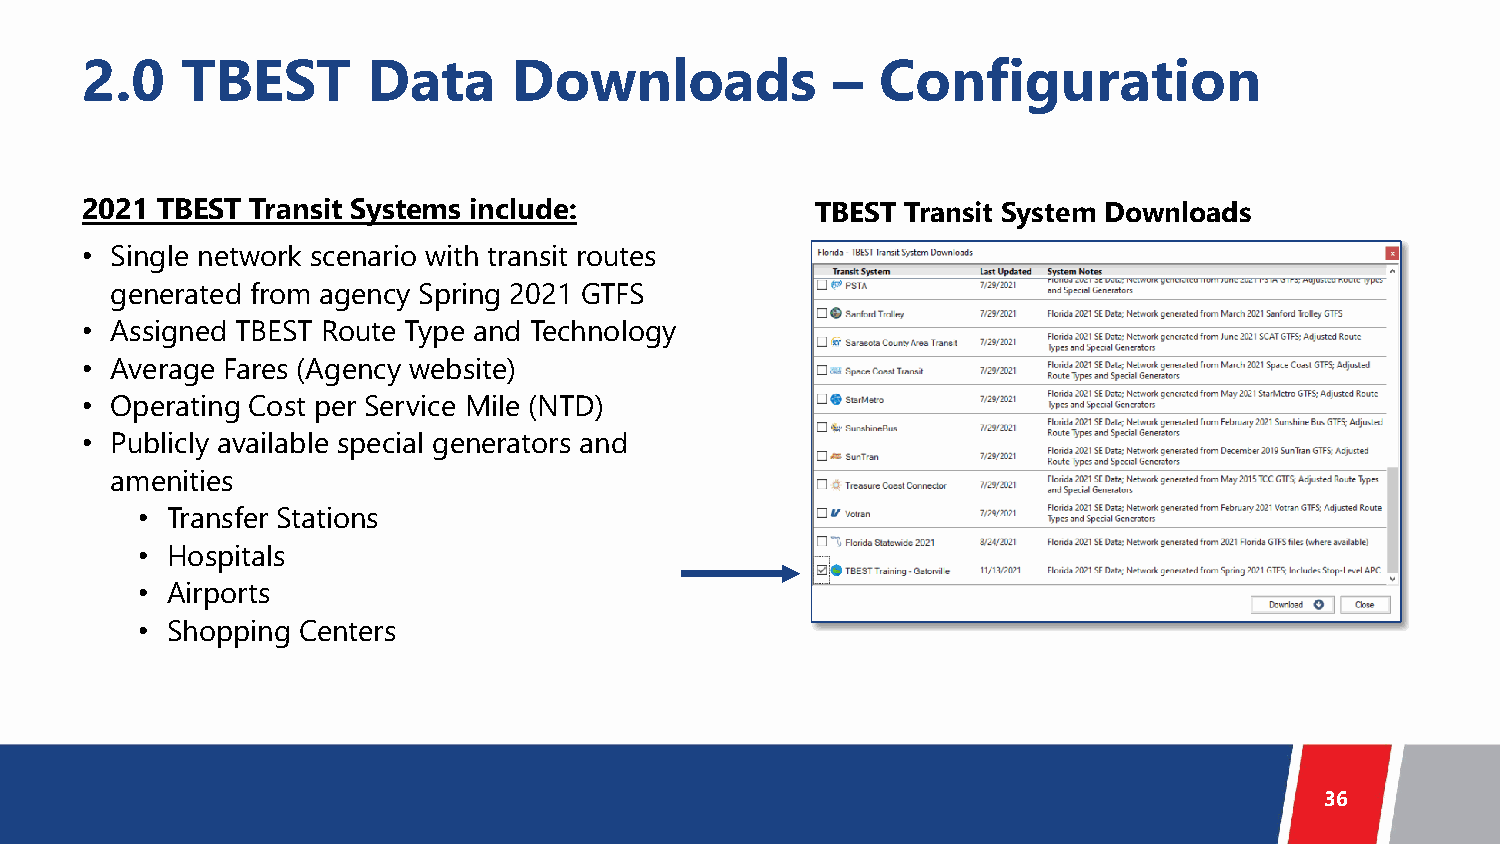
2.0    TBEST       Data      Downloads            –  Configuration
 2021 TBEST  Transit Systems include:             TBEST Transit System Downloads
 • Single network scenario with transit routes
 generated from agency Spring 2021 GTFS
 • Assigned TBEST Route Type and Technology
 • Average Fares (Agency website)
 • Operating Cost per Service Mile (NTD)
 • Publicly available special generators and
 amenities
 • Transfer Stations
 • Hospitals
 • Airports
 • Shopping Centers
 36